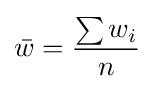
{\bar {w}}={\frac {\sum w_{i}}{n}}